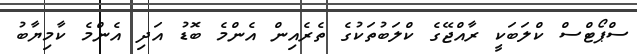
ސްޕޯޓްސް ކްލަބަކީ ރާއްޖޭގެ ކްލަބުތަކުގެ ތެރެއިން އެންމެ ބޮޑު އަދި އެންމެ ކާމިޔާބު